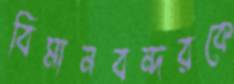
বিমানবন্দরকে